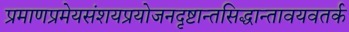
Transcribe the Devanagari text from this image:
प्रमाणप्रमेयसंशयप्रयोजनदृष्टान्तसिद्धान्तावयवतर्क